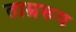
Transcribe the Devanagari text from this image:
ताम्ररूप